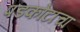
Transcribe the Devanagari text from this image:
पडकोटाचा